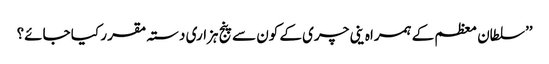
’’سلطان معظم کے ہمراہ ینی چری کے کون سے پنج ہزاری دستہ مقر ر کیا جائے؟